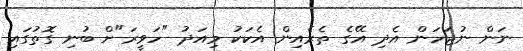
ނަން ނުޖަހަން އެދި އޭގެ ތެރެއިން އެކަކު މިއަދު "ހަވީރަ"ށް ބުނި ގޮތުގައި